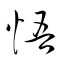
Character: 悟